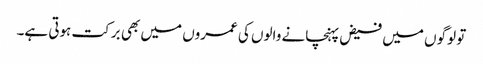
تو لوگوں میں فیض پہنچانے والوں کی عمروں میں بھی برکت ہوتی ہے۔